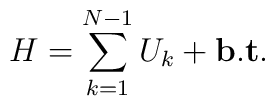
H=\sum_{k=1}^{N-1}U_{k}+{\bf b.t}.